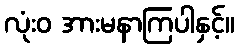
လုံးဝ အားမနာကြပါနှင့်။